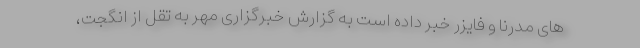
های مدرنا و فایزر خبر داده است به گزارش خبرگزاری مهر به تقل از انگجت،